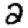
Digit: 2